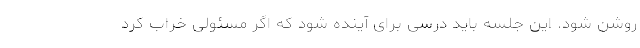
روشن شود. این جلسه باید درسی برای آینده شود که اگر مسئولی خراب کرد